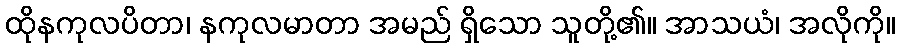
ထိုနကုလပိတာ၊ နကုလမာတာ အမည် ရှိသော သူတို့၏။ အာသယံ၊ အလိုကို။